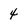
Character: 4